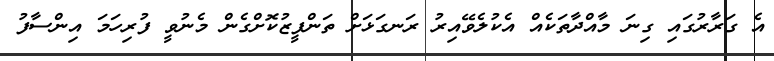
އެ ގަރާރުގައި ގިނަ މާއްދާތަކެއް އެކުލެވޭއިރު ރަނގަޅަށް ތަންފީޒުކޮށްގެން މެނުވީ ފުރިހަމަ އިންސާފު